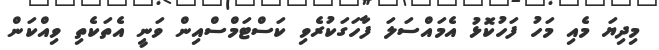
މިދިޔަ މެއި މަހު ފަހުކޮޅު އެމައްސަލަ ފާހަގަކުރެވި ކަސްޓަމްސްއިން ވަނީ އެތަކެތި ވިއްކަން